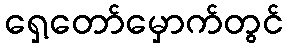
ရှေ့တော်မှောက်တွင်